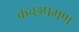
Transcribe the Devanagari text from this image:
कच्छपगण